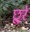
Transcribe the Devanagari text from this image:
छूरे